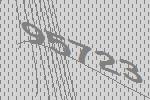
95723